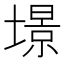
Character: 𡐹